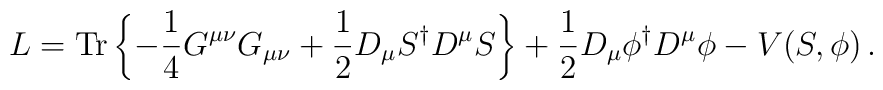
L=\mbox {Tr}\left\{ -\frac{1}{4}G^{\mu \nu }G_{\mu \nu }+\frac{1}{2}D_{\mu }S^{\dagger }D^{\mu }S\right\} +\frac{1}{2}D_{\mu }\phi ^{\dagger }D^{\mu }\phi -V(S,\phi )\, .